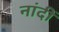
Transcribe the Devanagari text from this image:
नांदीं